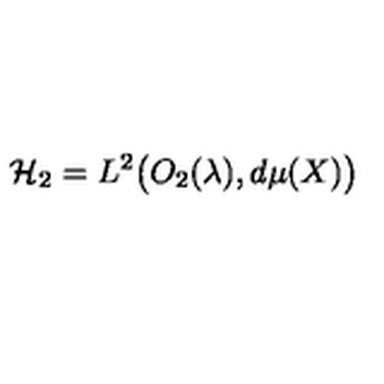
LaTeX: { \cal H } _ { 2 } = L ^ { 2 } \big ( O _ { 2 } ( \lambda ) , d \mu ( X ) \big )